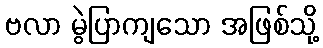
ဗလာ မွဲပြာကျသော အဖြစ်သို့